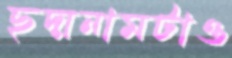
ছদ্মনামটাও